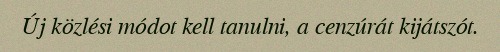
Új közlési módot kell tanulni, a cenzúrát kijátszót.